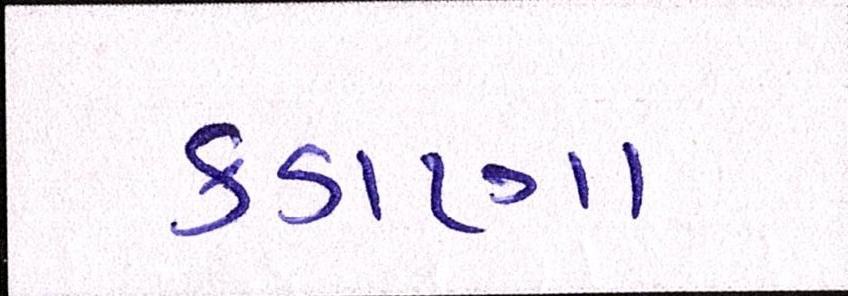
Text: કડાણા